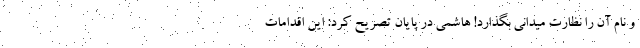
و نام آن را نظارت میدانی بگذارد! هاشمی در پایان تصریح کرد: این اقدامات